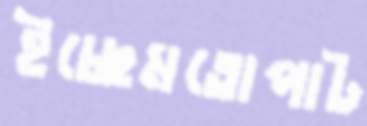
ইচ্ছেমতোপাট